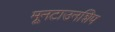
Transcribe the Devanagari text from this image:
मूनटाउनशिप